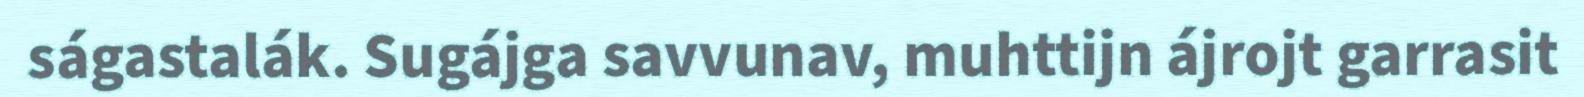
ságastalák. Sugájga savvunav, muhttijn ájrojt garrasit